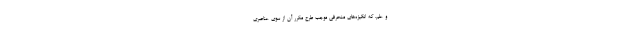
و علم، که‌ انگیزه‌های‌ منحرفی‌ موجب‌ طرح‌ مکرر آن‌ از سوی‌ عناصری‌